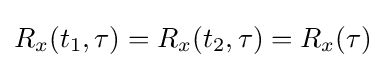
R_{x}(t_{1},\tau )=R_{x}(t_{2},\tau )=R_{x}(\tau )